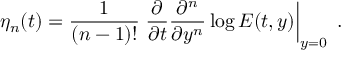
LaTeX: \eta _ { n } ( t ) = \frac { 1 } { ( n - 1 ) ! } \left. \frac { \partial } { \partial t } \frac { \partial ^ { n } } { \partial y ^ { n } } \log { E ( t , y ) } \right| _ { y = 0 } \; .